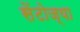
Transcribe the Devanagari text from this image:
सेंटोज्या